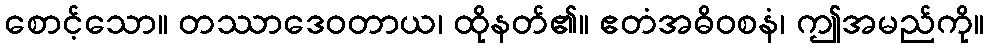
စောင့်သော။ တဿာဒေဝတာယ၊ ထိုနတ်၏။ ဧတံအဓိဝစနံ၊ ဤအမည်ကို။